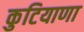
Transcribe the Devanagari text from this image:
कुटियाणा